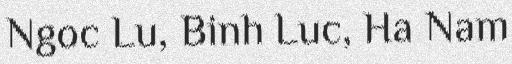
Ngoc Lu, Binh Luc, Ha Nam